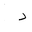
Letter: _dal